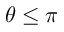
\theta \leq \pi